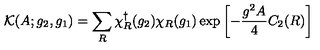
\mathcal { K } ( A ; g _ { 2 } , g _ { 1 } ) = \sum _ { R } \chi _ { R } ^ { \dagger } ( g _ { 2 } ) \chi _ { R } ( g _ { 1 } ) \exp \left[ - \frac { g ^ { 2 } A } { 4 } C _ { 2 } ( R ) \right]